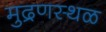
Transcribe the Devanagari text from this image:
मुद्रणस्थळ